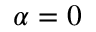
\alpha = 0